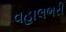
વહાલભરી